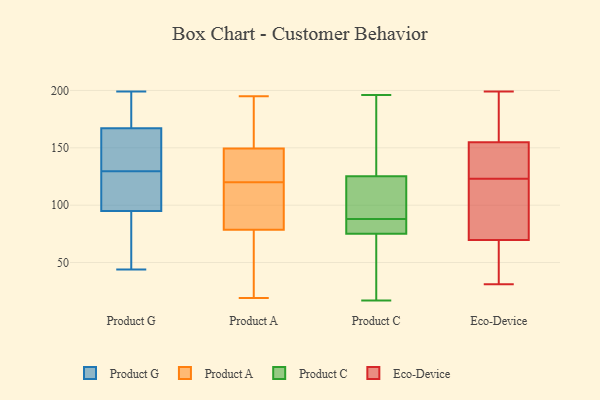
{"axis": {"x": "Shipments", "y": "Value"}, "legend": ["Eco-Device", "Product A", "Product C", "Product G"], "data": [{"x": "", "y": 44, "type": "Product G"}, {"x": "", "y": 60, "type": "Product G"}, {"x": "", "y": 94, "type": "Product G"}, {"x": "", "y": 110, "type": "Product G"}, {"x": "", "y": 125, "type": "Product G"}, {"x": "", "y": 167, "type": "Product G"}, {"x": "", "y": 134, "type": "Product G"}, {"x": "", "y": 166, "type": "Product G"}, {"x": "", "y": 95, "type": "Product G"}, {"x": "", "y": 141, "type": "Product G"}, {"x": "", "y": 168, "type": "Product G"}, {"x": "", "y": 101, "type": "Product G"}, {"x": "", "y": 190, "type": "Product G"}, {"x": "", "y": 199, "type": "Product G"}, {"x": "", "y": 83, "type": "Product A"}, {"x": "", "y": 88, "type": "Product A"}, {"x": "", "y": 74, "type": "Product A"}, {"x": "", "y": 133, "type": "Product A"}, {"x": "", "y": 150, "type": "Product A"}, {"x": "", "y": 19, "type": "Product A"}, {"x": "", "y": 149, "type": "Product A"}, {"x": "", "y": 181, "type": "Product A"}, {"x": "", "y": 178, "type": "Product A"}, {"x": "", "y": 144, "type": "Product A"}, {"x": "", "y": 124, "type": "Product A"}, {"x": "", "y": 22, "type": "Product A"}, {"x": "", "y": 130, "type": "Product A"}, {"x": "", "y": 19, "type": "Product A"}, {"x": "", "y": 116, "type": "Product A"}, {"x": "", "y": 101, "type": "Product A"}, {"x": "", "y": 38, "type": "Product A"}, {"x": "", "y": 158, "type": "Product A"}, {"x": "", "y": 195, "type": "Product A"}, {"x": "", "y": 110, "type": "Product A"}, {"x": "", "y": 17, "type": "Product C"}, {"x": "", "y": 43, "type": "Product C"}, {"x": "", "y": 168, "type": "Product C"}, {"x": "", "y": 74, "type": "Product C"}, {"x": "", "y": 88, "type": "Product C"}, {"x": "", "y": 28, "type": "Product C"}, {"x": "", "y": 90, "type": "Product C"}, {"x": "", "y": 190, "type": "Product C"}, {"x": "", "y": 88, "type": "Product C"}, {"x": "", "y": 99, "type": "Product C"}, {"x": "", "y": 92, "type": "Product C"}, {"x": "", "y": 78, "type": "Product C"}, {"x": "", "y": 83, "type": "Product C"}, {"x": "", "y": 134, "type": "Product C"}, {"x": "", "y": 196, "type": "Product C"}, {"x": "", "y": 184, "type": "Eco-Device"}, {"x": "", "y": 63, "type": "Eco-Device"}, {"x": "", "y": 175, "type": "Eco-Device"}, {"x": "", "y": 133, "type": "Eco-Device"}, {"x": "", "y": 148, "type": "Eco-Device"}, {"x": "", "y": 183, "type": "Eco-Device"}, {"x": "", "y": 199, "type": "Eco-Device"}, {"x": "", "y": 72, "type": "Eco-Device"}, {"x": "", "y": 89, "type": "Eco-Device"}, {"x": "", "y": 137, "type": "Eco-Device"}, {"x": "", "y": 40, "type": "Eco-Device"}, {"x": "", "y": 108, "type": "Eco-Device"}, {"x": "", "y": 123, "type": "Eco-Device"}, {"x": "", "y": 31, "type": "Eco-Device"}, {"x": "", "y": 147, "type": "Eco-Device"}, {"x": "", "y": 89, "type": "Eco-Device"}, {"x": "", "y": 50, "type": "Eco-Device"}]}